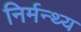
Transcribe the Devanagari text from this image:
निर्मन्थ्य